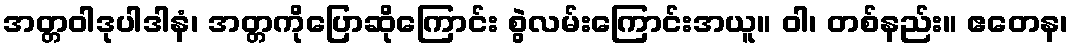
အတ္တဝါဒုပါဒါနံ၊ အတ္တကိုပြောဆိုကြောင်း စွဲလမ်းကြောင်းအယူ။ ဝါ၊ တစ်နည်း။ ဧတေန၊